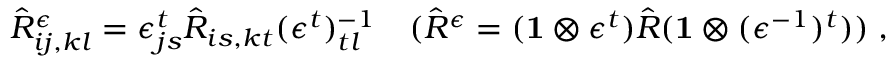
\hat { R } _ { i j , k l } ^ { \epsilon } = \epsilon _ { j s } ^ { t } \hat { R } _ { i s , k t } ( \epsilon ^ { t } ) _ { t l } ^ { - 1 } \quad ( \hat { R } ^ { \epsilon } = ( { \bf 1 } \otimes \epsilon ^ { t } ) \hat { R } ( { \bf 1 } \otimes ( \epsilon ^ { - 1 } ) ^ { t } ) ) \; ,